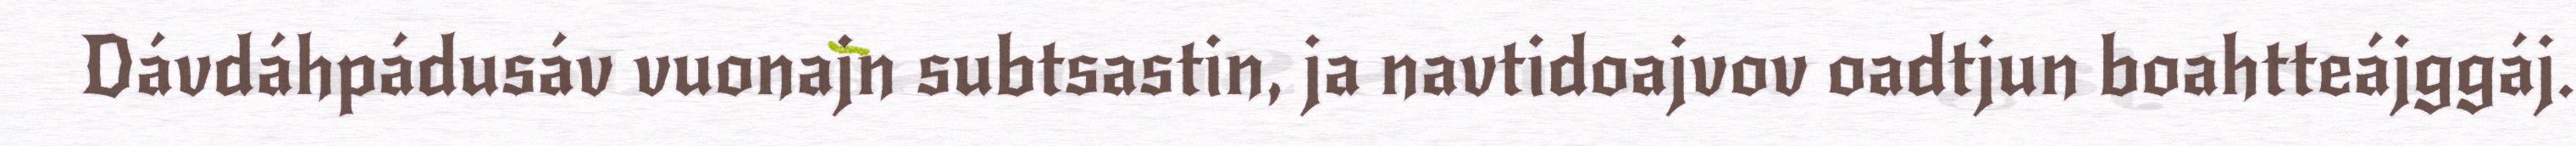
Dávdáhpádusáv vuonajn subtsastin, ja navtidoajvov oadtjun boahtteájggáj.